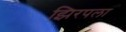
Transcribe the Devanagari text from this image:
झिरपला